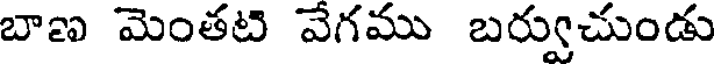
బాణ మెంతటి వేగము బర్వుచుండు